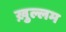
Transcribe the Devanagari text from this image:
ख़ुल्लम